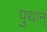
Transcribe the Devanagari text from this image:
पुथान्